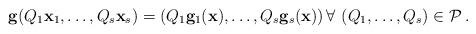
LaTeX: \begin{align*}{\bf g}(Q_1{\bf x}_1,\ldots,Q_s{\bf x}_s)=\left(Q_1{\bf g}_1({\bf x}),\ldots,Q_{s}{\bf g}_{s}({\bf x})\right)\forall\,\left(Q_{1}, \ldots,Q_{s}\right)\in{\cal P}\,.\end{align*}